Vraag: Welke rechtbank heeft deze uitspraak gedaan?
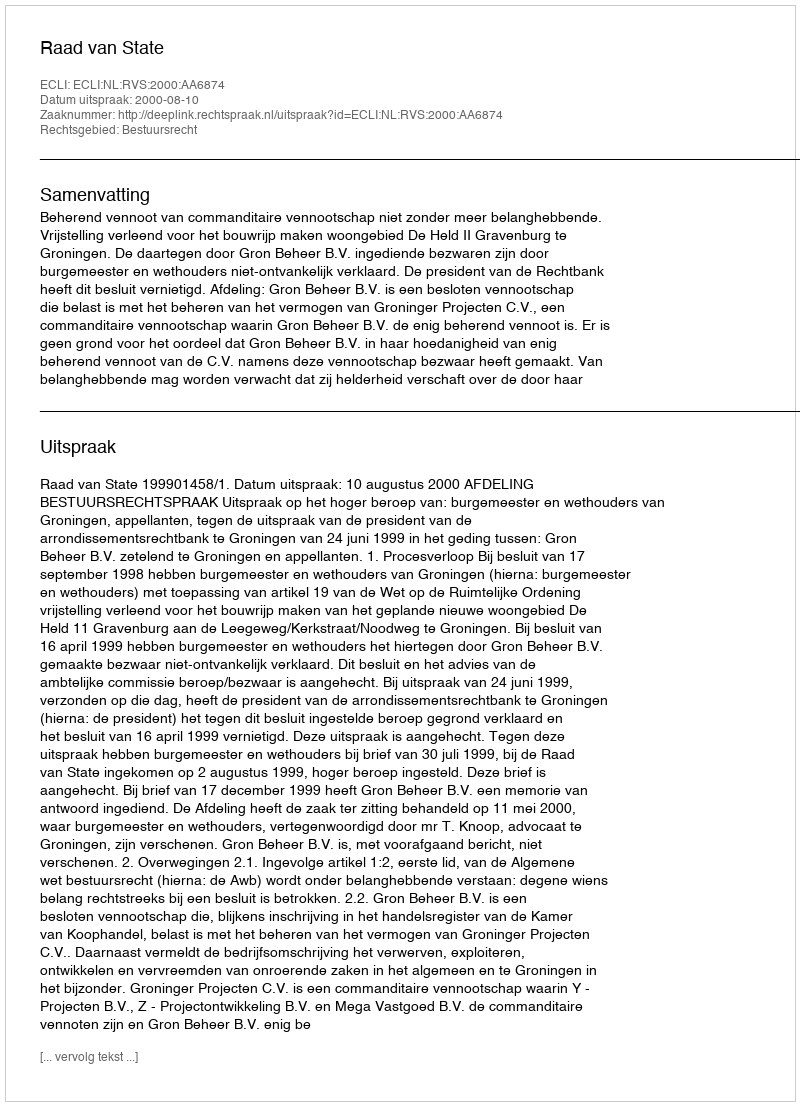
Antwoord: Raad van State